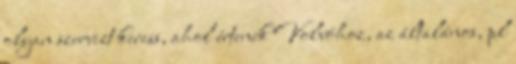
olyan szervizt keress, ahol értenek Volvóhoz, az általános, pl